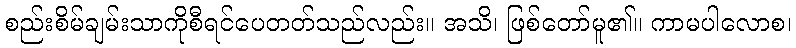
စည်းစိမ်ချမ်းသာကိုစီရင်ပေတတ်သည်လည်း။ အသိ၊ ဖြစ်တော်မူ၏။ ကာမပါလောစ၊